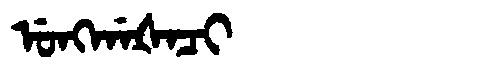
Manchu: ᡠᠩᡤᠠᡧᠠᠴᡳ
Romanization: UNGGAŠACI